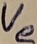
Text: Ve